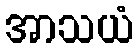
အာသယံ